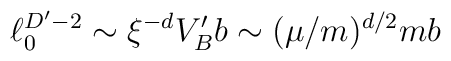
\ell_0^{D^{\prime} - 2} \sim \xi^{-d} V_B^{\prime} b \sim (\mu / m) ^{d/2} mb